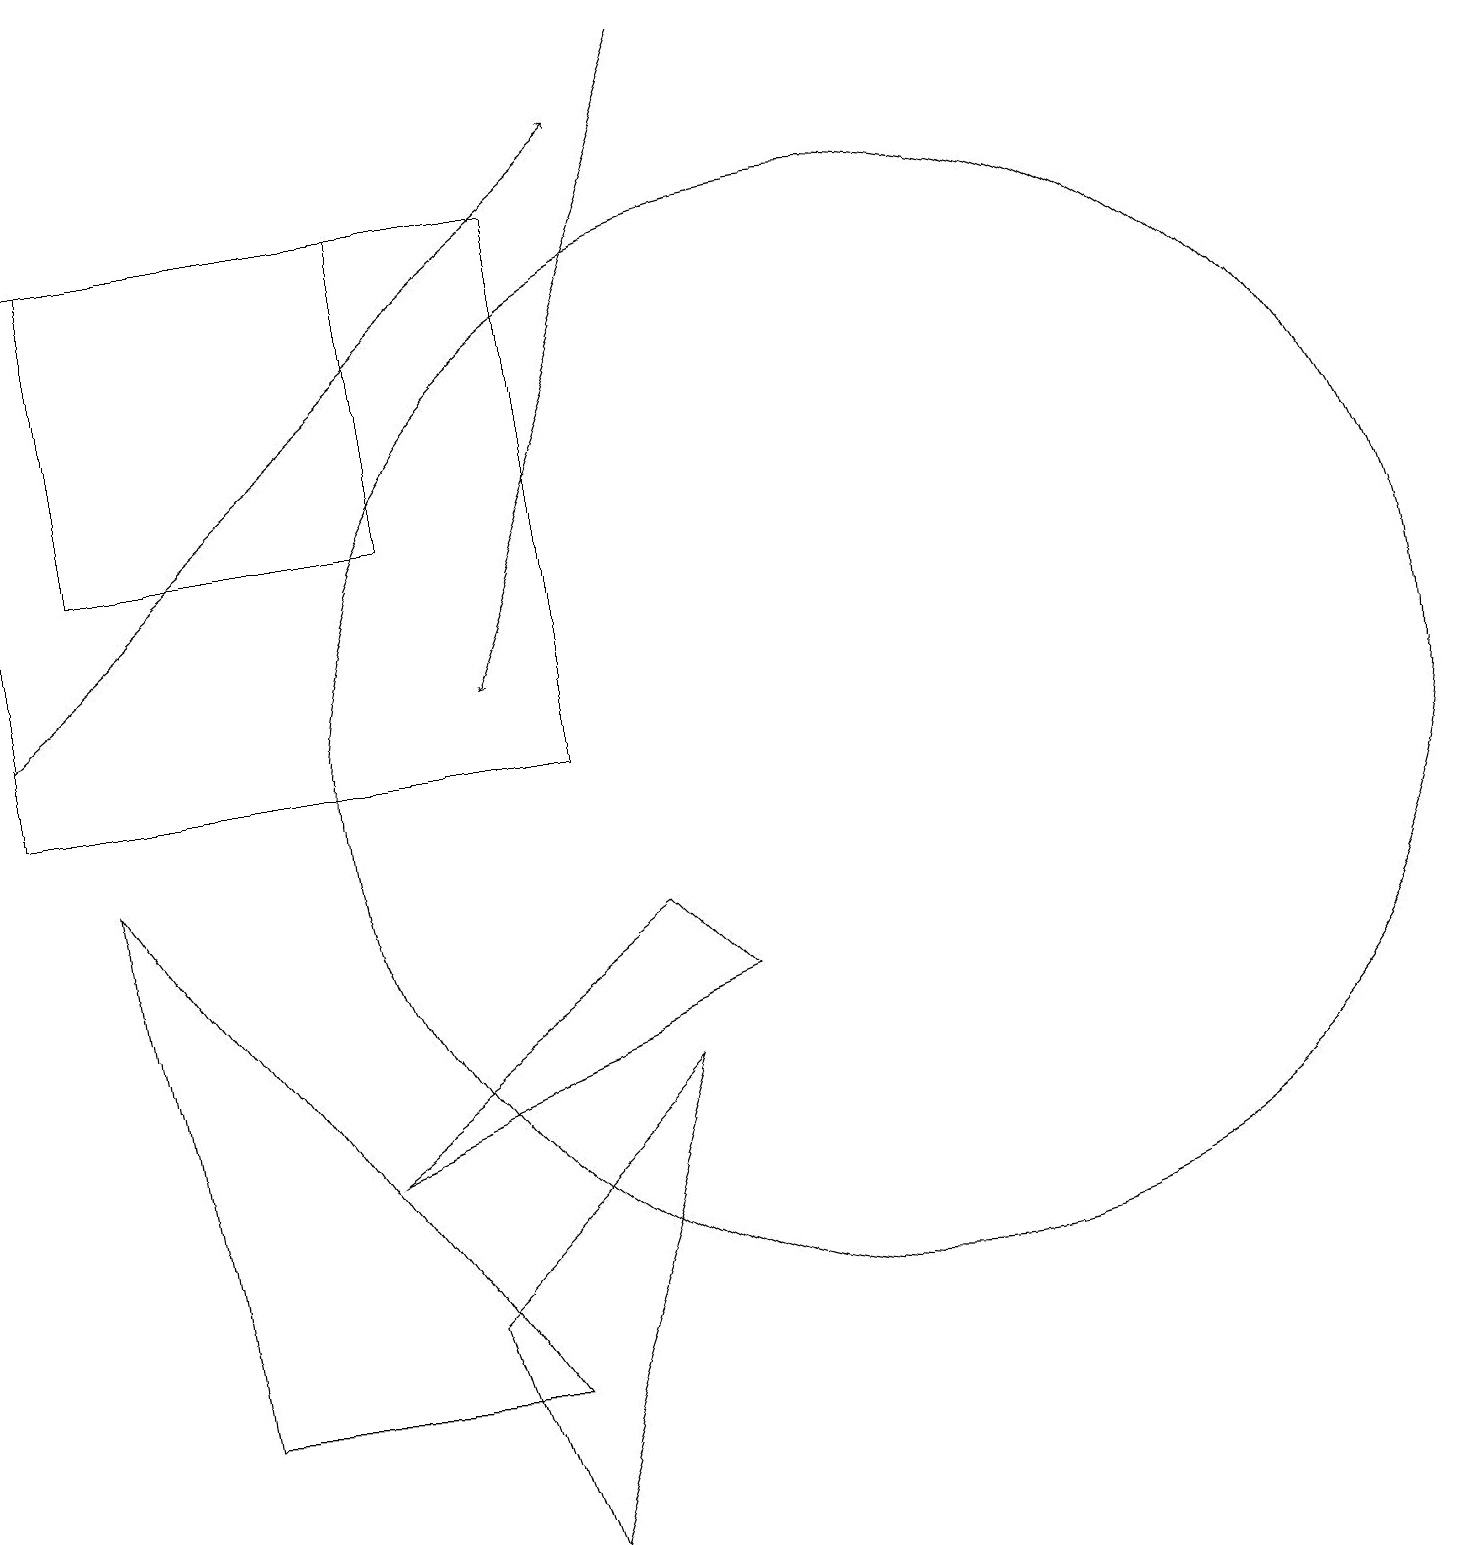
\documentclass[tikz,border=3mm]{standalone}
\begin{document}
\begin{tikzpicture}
\draw (6,2) -- (1,9) -- (2,2) -- cycle;
\draw (11,10) circle (7);
\draw (6,0) -- (8,6) -- (5,3) -- cycle;
\draw (5,17) rectangle (1,13);
\draw[->] (0,11) -- (8,18);
\draw (4,5) -- (9,7) -- (8,8) -- cycle;
\draw (7,17) rectangle (0,10);
\draw[->] (9,19) -- (6,11);
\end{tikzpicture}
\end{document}